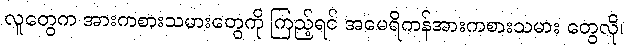
လူတွေက အားကစားသမားတွေကို ကြည့်ရင် အမေရိကန်အားကစားသမား တွေလို၊